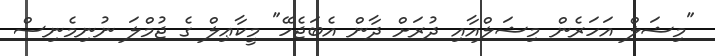
"މިޝަލް އަހަރެން މިޝަލްއާއި ދުރަށް ދާން އެބަޖެހޭ" މީކާޢިލް ގެ ޖުމްލަ ނުނިމެނިސް